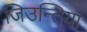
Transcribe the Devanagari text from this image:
जिउन्तिया